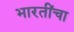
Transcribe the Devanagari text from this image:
भारतींचा